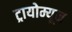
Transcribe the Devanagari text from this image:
ट्रायोम्यून